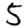
Digit: 5